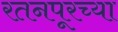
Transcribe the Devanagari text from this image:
रतनपूरच्या